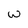
Character: W